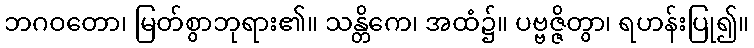
ဘဂဝတော၊ မြတ်စွာဘုရား၏။ သန္တိကေ၊ အထံ၌။ ပဗ္ဗဇ္ဇိတွာ၊ ရဟန်းပြု၍။